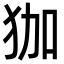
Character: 㹢